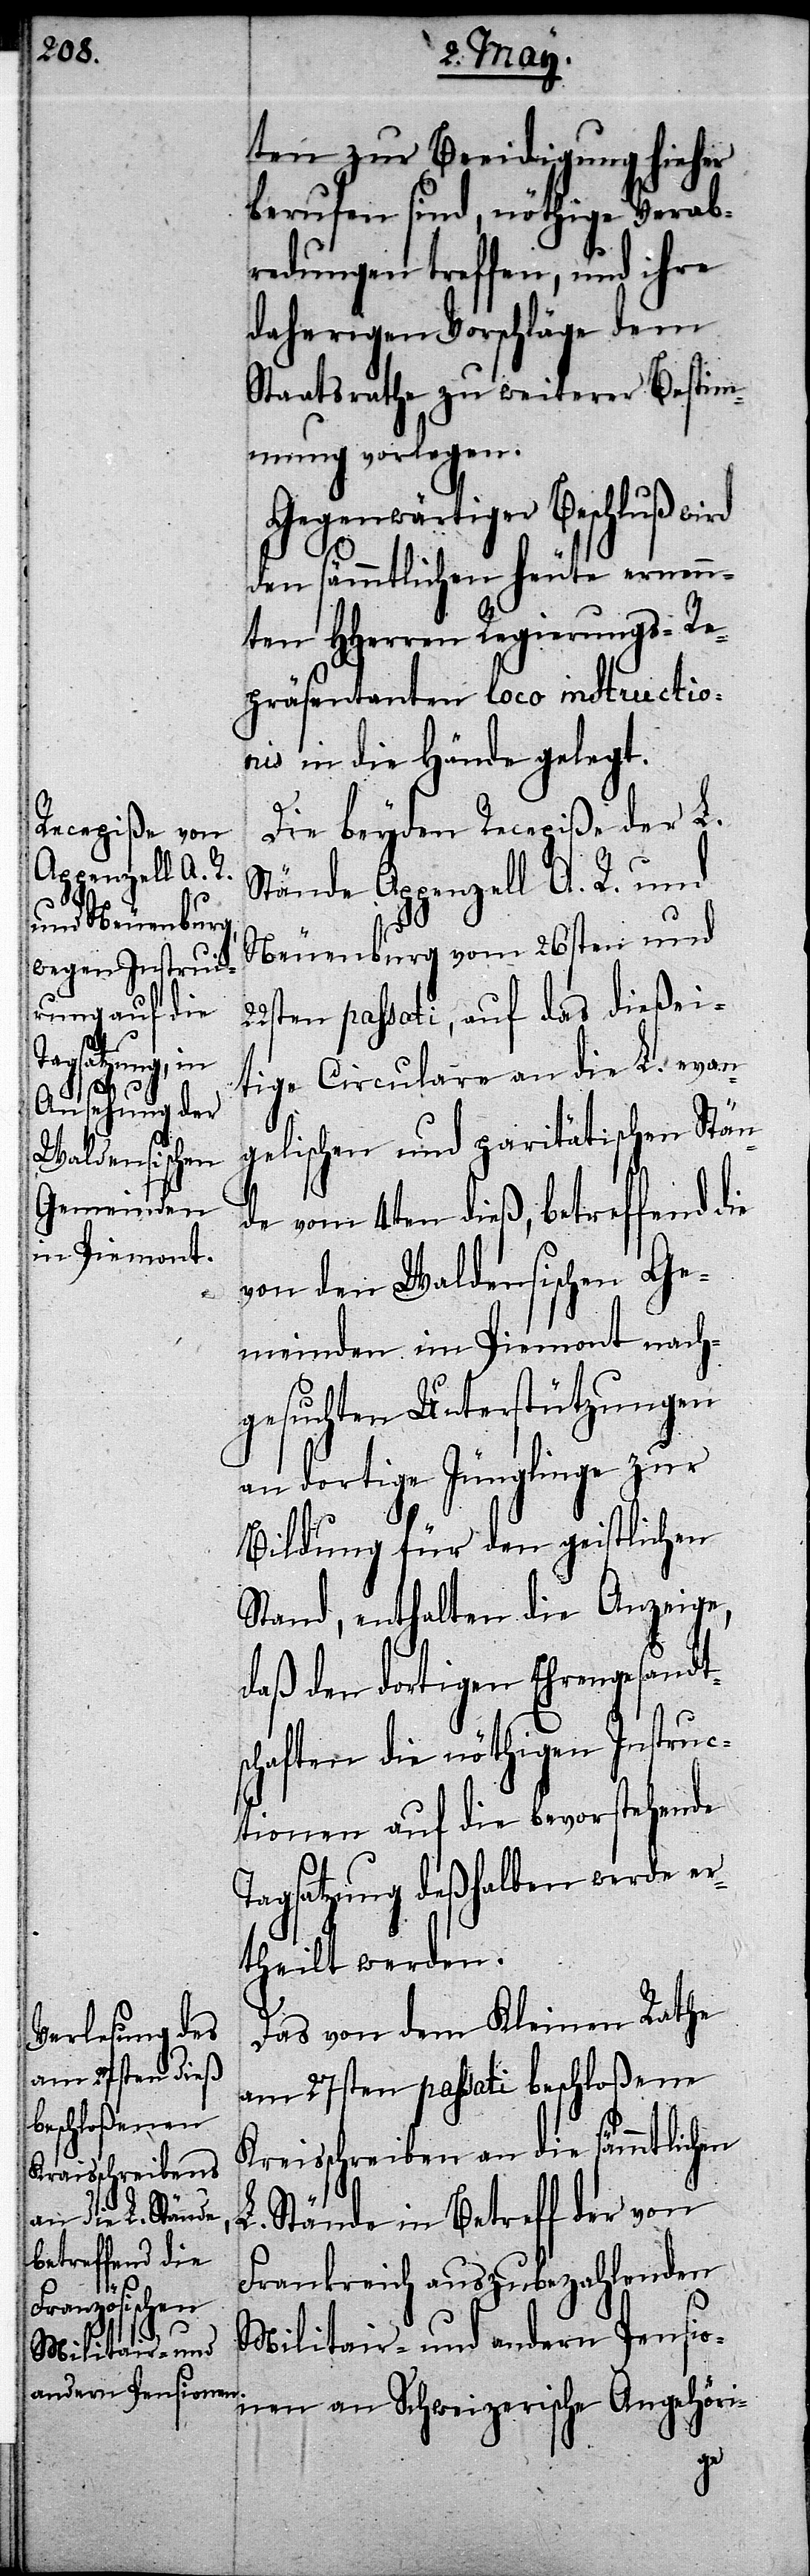
Neuenburg

ten zur Beeidigung hieher
berufen sind, nöthige Verab¬
redungen treffen, und ihre
daherigen Vorschläge dem
Staatsrathe zu weiterer Bestim¬
mung vorlegen.
Gegenwärtiger Beschluß wi¬
den sämmtlichen heute ernenn¬
ten HHerren Regierungs-Re¬
präsentanten loco instructio¬
nis in die Hände gelegt.
Die beyden Recepiße der L.
Stände Appenzell A. R. und
26sten passati, auf das dießei¬
tige Circulare an die L. evan¬
gelischen und paritätischen Stän¬
de vom 4ten dieß, betreffend die
von den Waldensischen Ge¬
meinden im Piemont nach¬
gesuchten Unterstützungen
an dortige Jünglinge zur
Bildung für den geistlichen
Stand, enthalten die Anzeige,
daß den dortigen Ehrengesandt¬
schaften die nöthigen Instruc¬
tionen auf die bevorstehende
Tagsatzung deßhalben werde er¬
theilt werden.
Das von dem Kleinen Rathe
am 27sten passati beschloßene
Kreisschreiben an die sämmtlichen
L. Stände in Betreff der von
Frankreich auszubezahlenden
Militair- und andern Pensio¬
nen an Schweizerische Angehöri-
rd